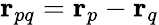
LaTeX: \mathbf{r}_{pq}=\mathbf{r}_{p}-\mathbf{r}_{q}